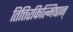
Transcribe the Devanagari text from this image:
तित्तिरकिल्मिषान्